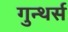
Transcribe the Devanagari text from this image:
गुन्थर्स